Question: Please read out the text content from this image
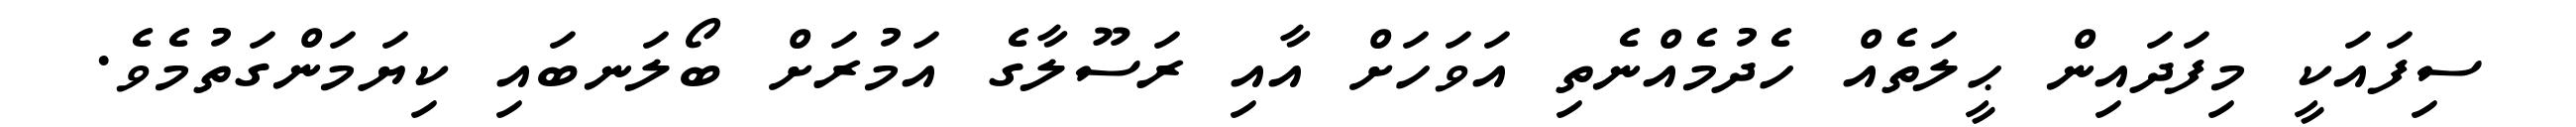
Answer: ސިފައަކީ މިފަދައިން ޙީލަތެއް ހެދުމެއްނެތި އަވަހަށް އާއި ރަސޫލާގެ އަމުރަށް ބޯލަނބައި ކިޔަމަންގަތުމެވެ.